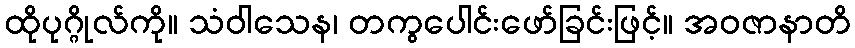
ထိုပုဂ္ဂိုလ်ကို။ သံဝါသေန၊ တကွပေါင်းဖော်ခြင်းဖြင့်။ အဝဇာနာတိ